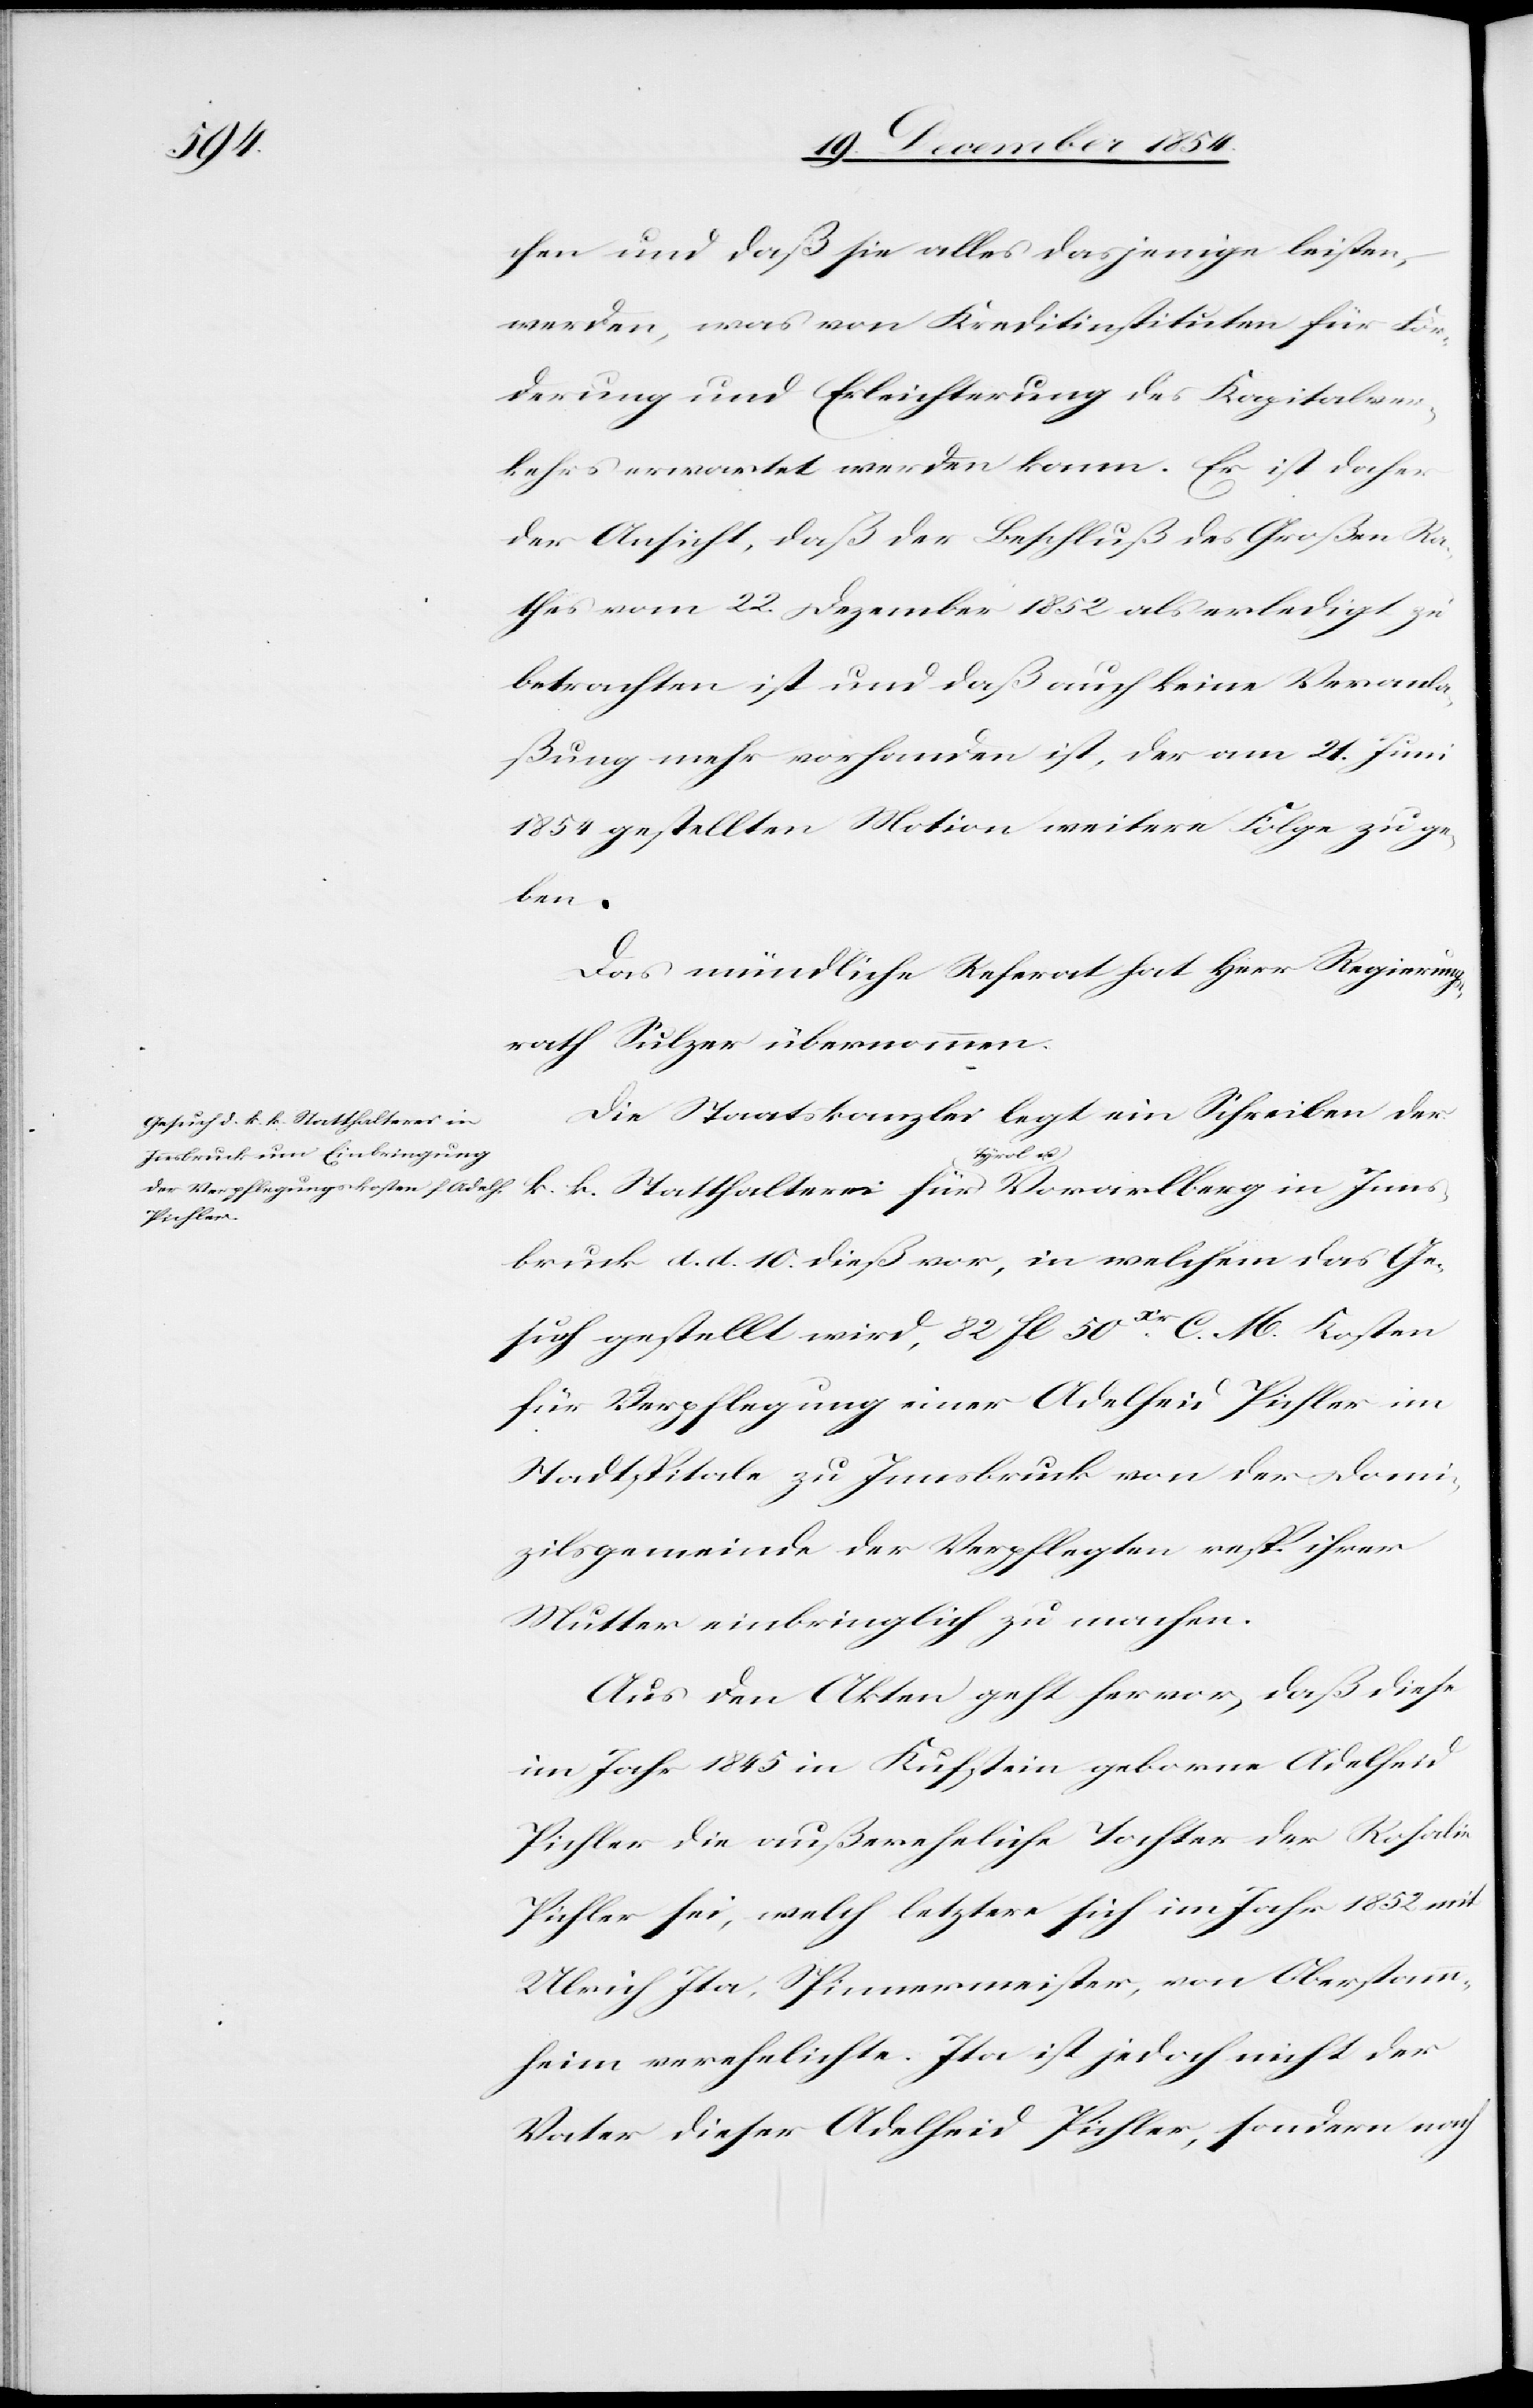
chen und daß sie alles dasjenige leisten,
werden, was von Kreditinstituten für För¬
derung und Erleichterung des Kapitalver¬
kehrs erwartet werden kann. Er ist daher
der Ansicht, daß der Beschluß des Großen Ra¬
thes vom 22. Dezember 1852 als erledigt zu
betrachten ist und daß auch keine Veranla¬
ßung mehr vorhanden ist, der am 21. Juni
1854 gestellten Motion weitere Folge zu ge¬
ben.
Das mündliche Referat hat Herr Regierungs¬
rath Sulzer übernommen.
Die Staatskanzlei legt ein Schreiben der
Inns¬
bruck d. d. 10. dieß vor, in welchem das Ge¬
such gestellt wird, 82 fl. 50xr C. M. Kosten
für Verpflegung einer Adelheid Pichler im
Stadtspitale zu Innsbruck von der Domi¬
zilsgemeinde der Verpflegten resp. ihrer
Mutter einbringlich zu machen.
Aus den Akten geht hervor, daß diese
im Jahr 1845 in Kufstein geborne Adelheid
Pichler die außereheliche Tochter der Rosalie
Pichler sei, welche letztere sich im Jahre 1852 mit
Ulrich Ita, Spinnermeister, von Oberstamm¬
heim verehelichte. Ita ist jedoch nicht der
Vater dieser Adelheid Pichler, sondern nach